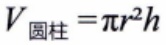
$V_{圆柱}=\pi r^{2}h$